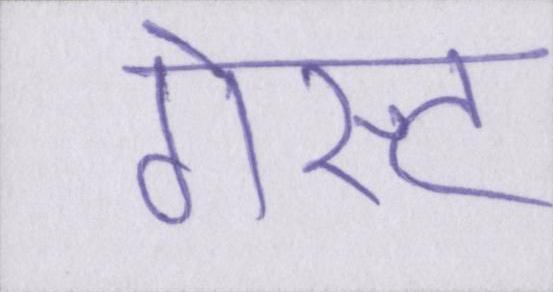
गेस्ट